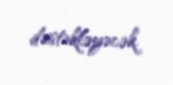
dəstəkləyəcək.